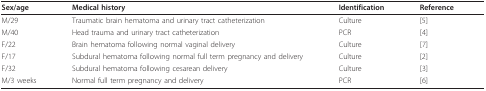
| Sex/age | Medical history | Identification | Reference |
 | --- | --- | --- | --- |
 | M/29 | Traumatic brain hematoma and urinary tract catheterization | Culture | [5] |
 | M/40 | Head trauma and urinary tract catheterization | PCR | [4] |
 | F/22 | Brain hematoma following normal vaginal delivery | Culture | [7] |
 | F/17 | Subdural hematoma following normal full term pregnancy and delivery | Culture | [2] |
 | F/32 | Subdural hematoma following cesarean delivery | Culture | [3] |
 | M/3 weeks | Normal full term pregnancy and delivery | PCR | [6] |